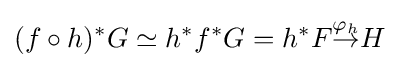
(f\circ h)^{*}G\simeq h^{*}f^{*}G=h^{*}F{\overset {\varphi _{h}}{\to }}H